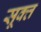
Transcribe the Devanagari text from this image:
सूक्‍त